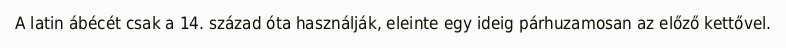
A latin ábécét csak a 14. század óta használják, eleinte egy ideig párhuzamosan az előző kettővel.